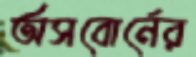
অসবোর্নের